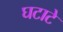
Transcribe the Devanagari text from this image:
घटाटे